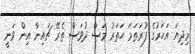
މިދިޔަ އަހަރުގެ ފުރަތަމަ ހަތަރު މަސް ދުވަސް ތެރޭ ޗައިނާ އިން ވަނީ